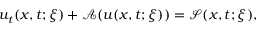
\begin{array} { r } { u _ { t } ( \boldsymbol { x } , t ; \boldsymbol { \xi } ) + \mathcal { A } ( u ( \boldsymbol { x } , t ; \boldsymbol { \xi } ) ) = \mathcal { S } ( \boldsymbol { x } , t ; \boldsymbol { \xi } ) , } \end{array}